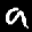
Label: 9